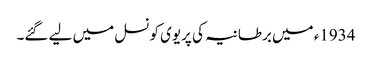
1934ء میں برطانیہ کی پریوی کونسل میں لیے گئے۔